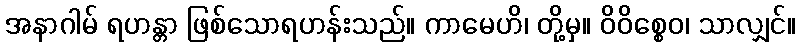
အနာဂါမ် ရဟန္တာ ဖြစ်သောရဟန်းသည်။ ကာမေဟိ၊ တို့မှ။ ဝိဝိစ္စေဝ၊ သာလျှင်။